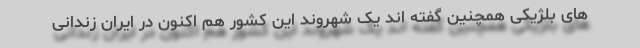
های بلژیکی همچنین گفته اند یک شهروند این کشور هم اکنون در ایران زندانی